Civil Veterinary Dept. Assam report 1911-1927 - 1911-1927
Year: 1911
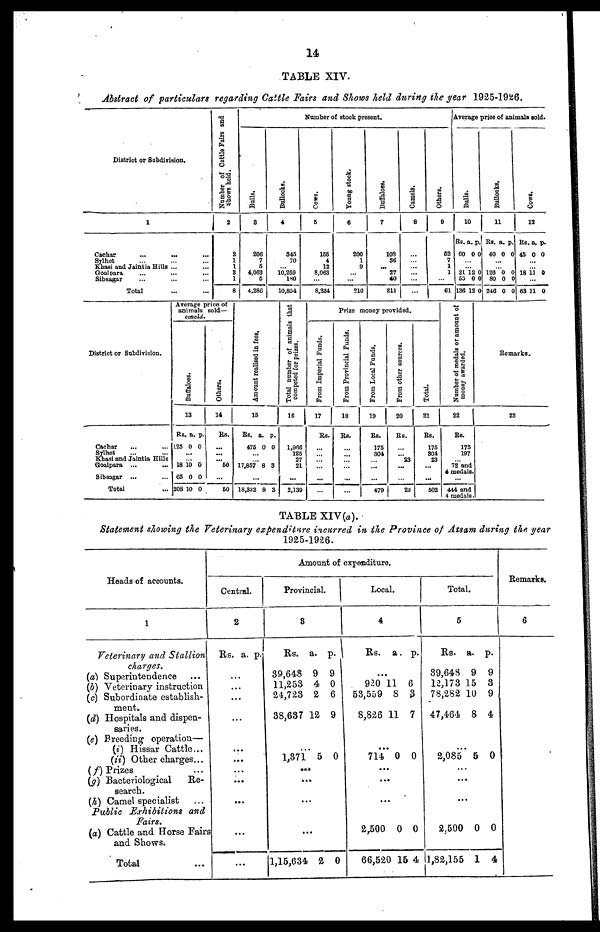
14
TABLE XIV.
Abstract of particulars regarding Cattle Fairs and Shows held during the year 1925-1926.
District or Subdivision.
1
Cachar
...
... ...
Sylhet ... ... ...
Khasi and Jaintia Hills ... ...
Goalpara ... ... ...
Sibsagar ... ... ...
Total ... ...
Number of Cattle Fairs and
shows hold.
2
2
1
1
3
1
8
Number of stock present.
Bulls.
3
206
7
5
4,063
6
4,286
Bullocks.
4
345
70
...
10,259
180
10,854
Cows.
5
165
4
12
8,063
...
8,234
Young stock.
6
200
1
9
...
...
210
Buffaloes.
7
103
36
... 27
40
21)
Camels.
8
...
...
...
...
...
Others.
9
62
7
1
1
61
Average price of animals sold.
Bulls.
10
Rs. a. p.
60 0
...
...
2L 12
65 0
136 12
Bullocks.
11
Rs. a. p.
0 40 0 0
...
...
0 128 0 0
0 80 0 0
0 246 0 0
Cows.
12
RS. a. p.
45 0 0
...
...
18 11 0
...
63 11 0
District or Subdivision.
Cachar ... ...
Sylhet ... ...
Khasi and Jaintia Hills
Goalpara ... ...
Sibsagar ... ...
Total ...
Average price of
animals sold—
concld.
Buffaloes.
13
Rs. a. p.
125 0 0
...
...
18 10 0
65 0 0
208 10 0
Others.
14
Rs.
...
...
...
60
...
60
Amo u n t r e al i s e d in fees.
15
Rs. a. p.
476 0 0
...
... 17,857 8 3
...
18,332 8 3
Total number of animals that
competed for prizes.
16
1,906
125
27
21
...
2,139
From Imperial Funds.
17
Rs.
...
...
... ...
...
...
From Provincial Funds.
18
Rs.
...
...
... ...
...
...
From Local Funds.
19
Rs.
175
304
...
...
479
From other sources.
20
Rs.
...
...
23
...
...
23
Total.
21
Rs.
175
804
23
...
...
502
Number of medals or amount of
money awarded.
22
Rs.
175
197
72 and
...
444 and
4 medals
Remarks.
23
TABLE XIV(a).
Statement showing the Veterinary expenditure incurred in the Province of Assam during the year
1925-1926.
Heads of accounts.
1
Veterinary and Stallion
charges.
(a) Superintendence ...
(b) Veterinary instruction
(c) Subordinate establish-
ment.
(d) Hospitals and dispen-
saries.
(e) Breeding operation—
(i) Hissar Cattle...
(ii) Other charges ...
(f) Prizes ...
(g) Bacteriological
Re-
search.
(h) Camel specialist ...
Public Exhibitions
and
Fairs.
(a) Cattle and Horse Fairs
and Shows.
Total ...
Amount of expenditure.
Central.
2
Rs. a. p.
...
...
...
...
...
...
...
...
...
...
...
Provincial.
3
Rs. a. p.
39,648 9 9
11,253 4 0
24,723 2 6
38,637 12 9
...
1,371 5 0
...
...
...
...
l,15,634 2 0
Local.
4
Rs. a. p.
...
920 11 6
53,559 8 3
8,826 11 7
...
714 0 0
...
...
...
2,500 0 0
66,520 15 4
Total.
5
Rs. a. p.
39,648 9 9
12,173 15 3
78,282 10 9
47,464 8 4
...
2,085 5 0
...
...
...
2.500 0 0
1,82,155 1 4
Remarks.
6